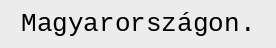
Magyarországon.